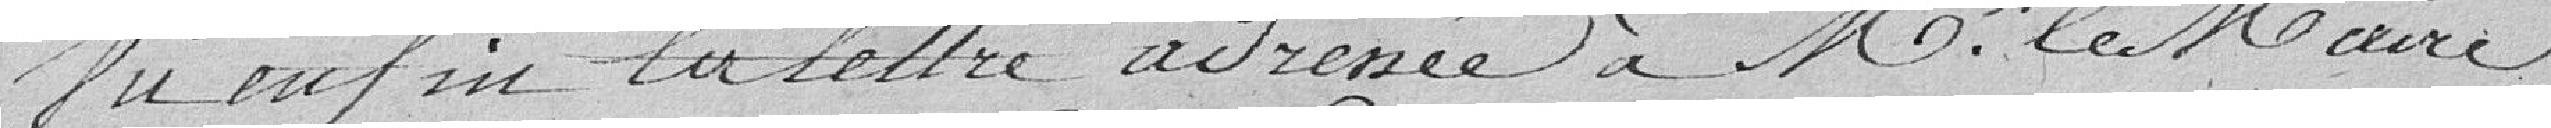
Vu enfin la lettre adressée à M. le Maire,